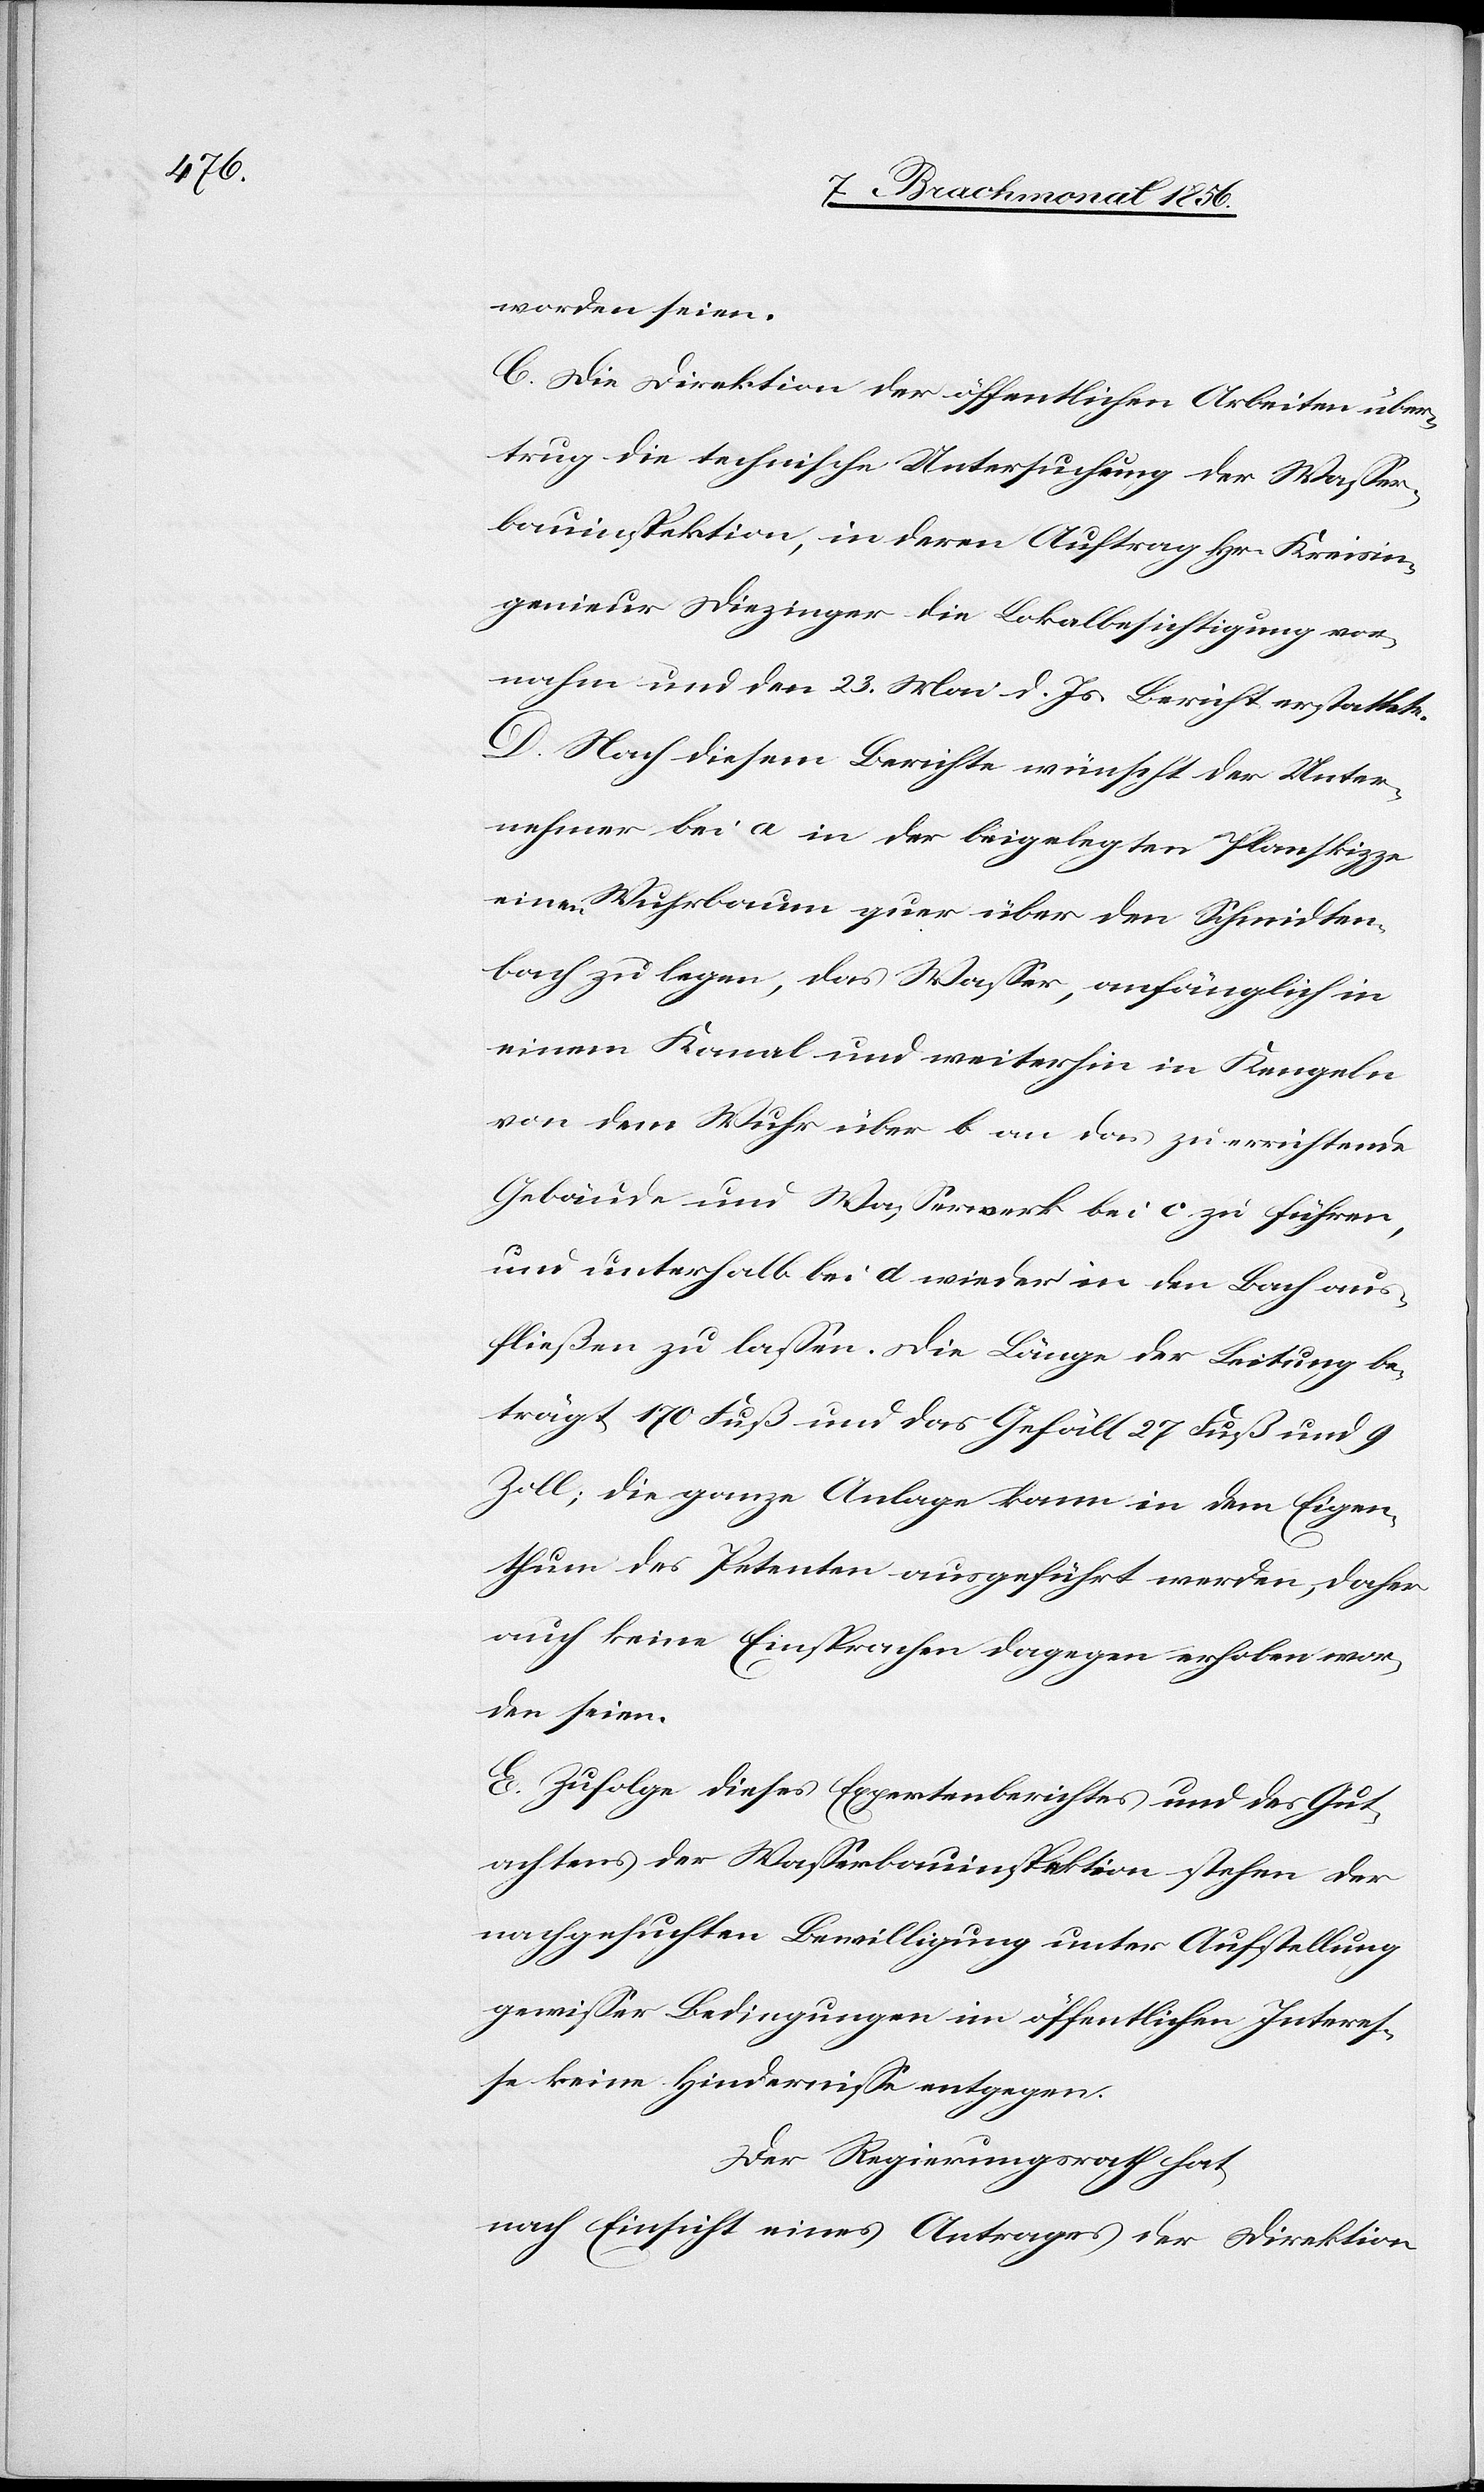
worden seien.
C. Die Direktion der öffentlichen Arbeiten über¬
trug die technische Untersuchung der Wasser¬
bauinspektion, in deren Auftrag Hr. Kreisin¬
genieur Diezinger die Lokalbesichtigung vor¬
nahm und den 23. Mai d. Js. Bericht erstattete.
D. Nach diesem Berichte wünscht der Unter¬
nehmer bei a in der beigelegten Planskizze
einen Wuhrbaum quer über den Schmidten¬
bach zu legen, das Wasser, anfänglich in
einem Kanal und weiterhin in Kengeln
von dem Wuhr über b an das zu errichtende
Gebäude und Wasserwerk bei c zu führen,
und unterhalb bei d wieder in den Bach aus¬
fließen zu lassen. Die Länge der Leitung be¬
trägt 170 Fuß und das Gefäll 27 Fuß und 9
Zoll; die ganze Anlage kann in dem Eigen¬
thum des Petenten ausgeführt werden, daher
auch keine Einsprachen dagegen erhoben wor¬
den seien.
E. Zufolge dieses Expertenberichtes und des Gut¬
achtens der Wasserbauinspektion stehen der
nachgesuchten Bewilligung unter Aufstellung
gewisser Bedingungen im öffentlichen Interes¬
se keine Hindernisse entgegen.
Der Regierungsrath hat,
nach Einsicht eines Antrages der Direktion